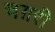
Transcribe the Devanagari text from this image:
चग़री